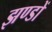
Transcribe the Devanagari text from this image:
झण्‍डों